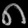
Digit: ၈